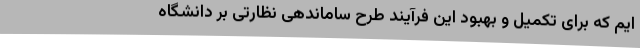
ایم که برای تکمیل و بهبود این فرآیند طرح ساماندهی نظارتی بر دانشگاه